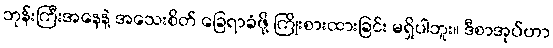
ဘုန်းကြီးအနေနဲ့ အသေးစိတ် ခြေရာခံဖို့ ကြိုးစားထားခြင်း မရှိပါဘူး။ ဒီစာအုပ်ဟာ